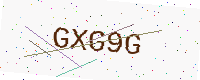
Text: GXG9G